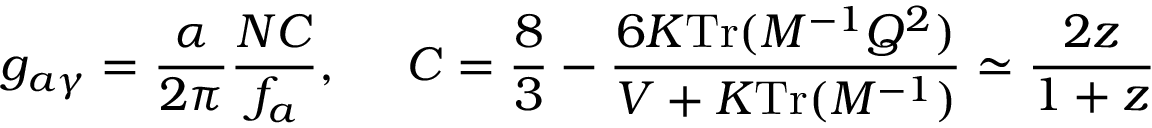
g _ { a \gamma } = \frac { \alpha } { 2 \pi } \frac { N C } { f _ { a } } , ~ ~ ~ ~ C = \frac 8 3 - \frac { 6 K \mathrm { T r } ( M ^ { - 1 } Q ^ { 2 } ) } { V + K \mathrm { T r } ( M ^ { - 1 } ) } \simeq \frac { 2 z } { 1 + z }